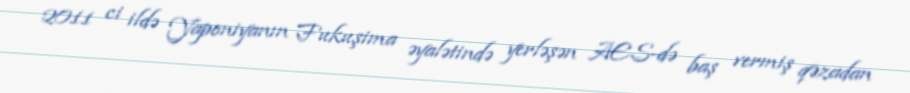
2011 ci ildə Yaponiyanın Fukuşima əyalətində yerləşən AES-də baş vermiş qəzadan